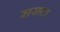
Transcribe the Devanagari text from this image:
सराटा